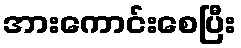
အားကောင်းစေပြီး